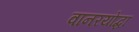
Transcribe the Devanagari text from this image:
वानरयोद्धा